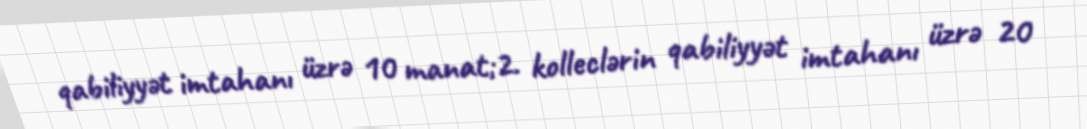
qabiliyyət imtahanı üzrə 10 manat;2. kolleclərin qabiliyyət imtahanı üzrə 20